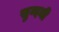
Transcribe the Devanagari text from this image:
सुन्दनी